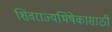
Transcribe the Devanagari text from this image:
शिवराज्यभिषेकासाठी